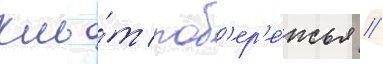
км о́т поб'ер'е́жья //